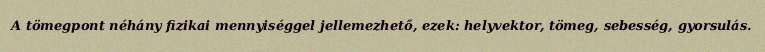
A tömegpont néhány fizikai mennyiséggel jellemezhető, ezek: helyvektor, tömeg, sebesség, gyorsulás.